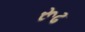
રૂઢ